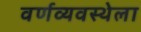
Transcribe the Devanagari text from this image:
वर्णव्यवस्थेला